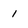
Character: 1